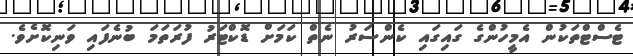
ޓެސްޓްތަކުން އެމީހުންގެ ގައިގައި ކެންސަރު ނެތް ކަމަށް ޑޮކްޓަރު ފުރަތަމަ ބުނެފައި ވަނިކޮށެވެ.